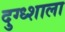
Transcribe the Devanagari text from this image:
दुग्ध्शाला